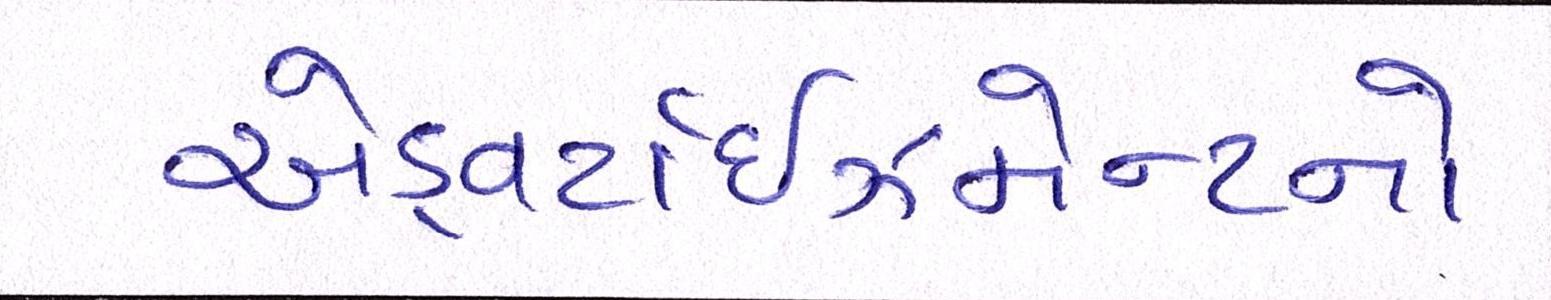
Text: એડ્વર્ટાઇઝમેન્ટનો